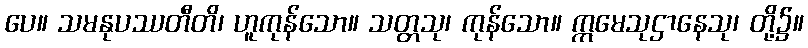
ပေ။ သမနုပဿတီတိ၊ ဟူကုန်သော။ သတ္တသု၊ ကုန်သော။ ဣမေသုဌာနေသု၊ တို့၌။